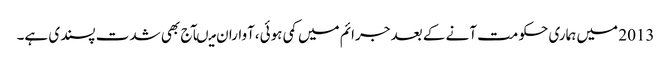
2013 میں ہماری حکومت آنے کے بعد جرائم میں کمی ہوئی،آواران میںآج بھی شدت پسندی ہے۔